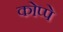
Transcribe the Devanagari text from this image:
कोप्पे